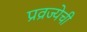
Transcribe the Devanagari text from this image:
प्रव्रज्येची